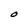
Character: O